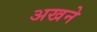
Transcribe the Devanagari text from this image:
अखने